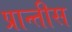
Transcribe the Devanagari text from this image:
प्रान्तीस